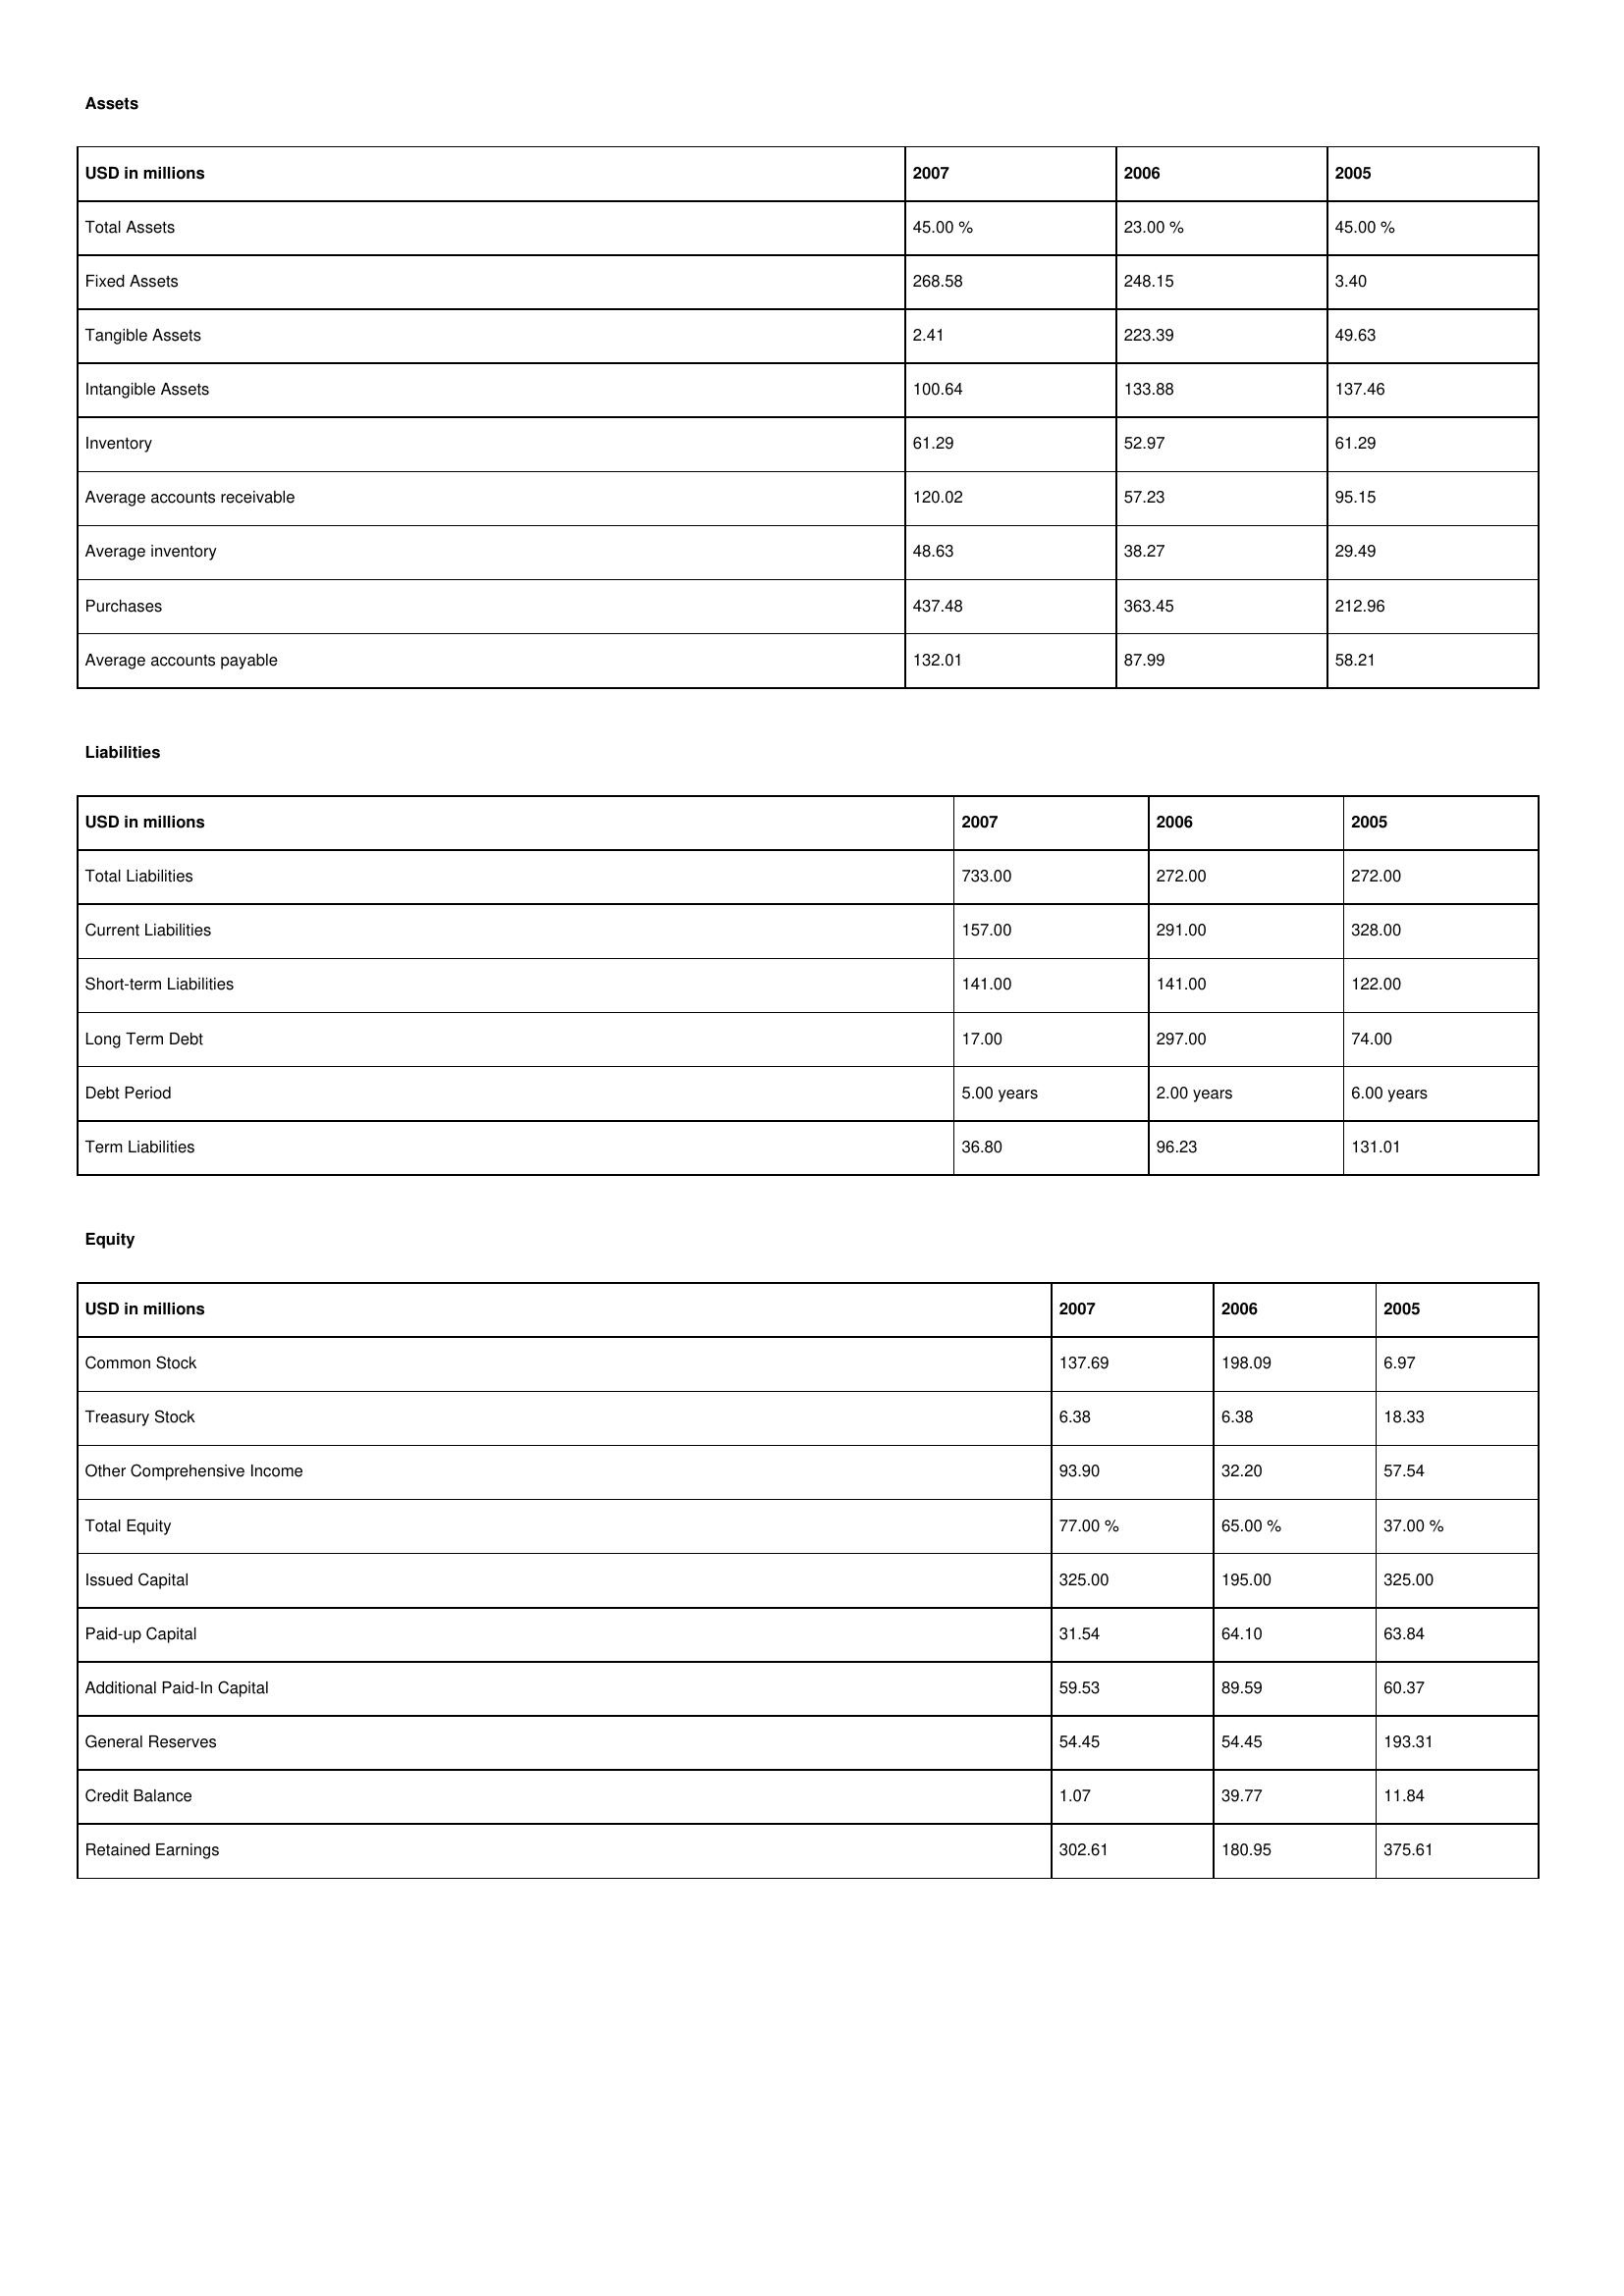
gt_parse: 2007: Assets: Total Assets: 45.00 %
Fixed Assets: 268.58
Tangible Assets: 2.41
Intangible Assets: 100.64
Inventory: 61.29
Average accounts receivable: 120.02
Average inventory: 48.63
Purchases: 437.48
Average accounts payable: 132.01
Liabilities: Total Liabilities: 733.00
Current Liabilities: 157.00
Short-term Liabilities: 141.00
Long Term Debt: 17.00
Debt Period: 5.00 years
Term Liabilities: 36.80
Equity: Common Stock: 137.69
Treasury Stock: 6.38
Other Comprehensive Income: 93.90
Total Equity: 77.00 %
Issued Capital: 325.00
Paid-up Capital: 31.54
Additional Paid-In Capital: 59.53
General Reserves: 54.45
Credit Balance: 1.07
Retained Earnings: 302.61
2006: Assets: Total Assets: 23.00 %
Fixed Assets: 248.15
Tangible Assets: 223.39
Intangible Assets: 133.88
Inventory: 52.97
Average accounts receivable: 57.23
Average inventory: 38.27
Purchases: 363.45
Average accounts payable: 87.99
Liabilities: Total Liabilities: 272.00
Current Liabilities: 291.00
Short-term Liabilities: 141.00
Long Term Debt: 297.00
Debt Period: 2.00 years
Term Liabilities: 96.23
Equity: Common Stock: 198.09
Treasury Stock: 6.38
Other Comprehensive Income: 32.20
Total Equity: 65.00 %
Issued Capital: 195.00
Paid-up Capital: 64.10
Additional Paid-In Capital: 89.59
General Reserves: 54.45
Credit Balance: 39.77
Retained Earnings: 180.95
2005: Assets: Total Assets: 45.00 %
Fixed Assets: 3.40
Tangible Assets: 49.63
Intangible Assets: 137.46
Inventory: 61.29
Average accounts receivable: 95.15
Average inventory: 29.49
Purchases: 212.96
Average accounts payable: 58.21
Liabilities: Total Liabilities: 272.00
Current Liabilities: 328.00
Short-term Liabilities: 122.00
Long Term Debt: 74.00
Debt Period: 6.00 years
Term Liabilities: 131.01
Equity: Common Stock: 6.97
Treasury Stock: 18.33
Other Comprehensive Income: 57.54
Total Equity: 37.00 %
Issued Capital: 325.00
Paid-up Capital: 63.84
Additional Paid-In Capital: 60.37
General Reserves: 193.31
Credit Balance: 11.84
Retained Earnings: 375.61